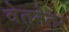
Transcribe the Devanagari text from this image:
वेतनेतर